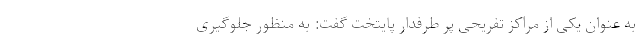
به عنوان یکی از مراکز تفریحی پر طرفدار پایتخت گفت: به منظور جلوگیری